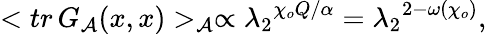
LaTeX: <tr\, G_{\cal A}(x,x)>_{\cal A}\propto{{\lambda_{2}}^{{\chi_{o}}Q/\alpha}}={{\lambda_{2}}^{2-\omega({\chi_{o}})}},